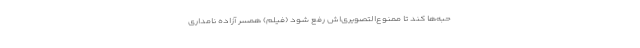
حبه‌ها کند تا ممنوع‌التصویری‌اش رفع شود (فیلم) همسر آزاده نامداری